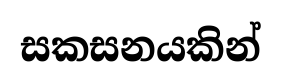
සකසනයකින්